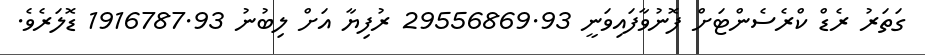
ގަތަރު ރެޑް ކްރެސެންޓަށް ފޮނުވާފައިވަނީ 29556869.93 ރުފިޔާ އަށް ލިބުނު 1916787.93 ޑޮލަރެވެ.